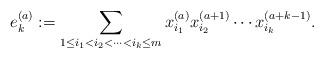
LaTeX: \begin{align*}e_k^{(a)} := \sum_{1 \leq i_1 < i_2 < \cdots < i_k \leq m} x_{i_1}^{(a)} x_{i_2}^{(a+1)} \cdots x_{i_k}^{(a+k-1)}.\end{align*}